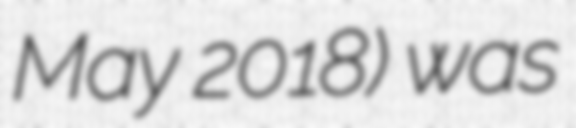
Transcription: May 2018) was